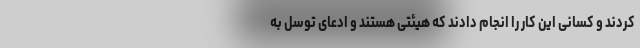
کردند و کسانی این کار را انجام دادند که هیئتی هستند و ادعای توسل به